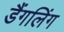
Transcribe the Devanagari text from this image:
डैंगलिंग